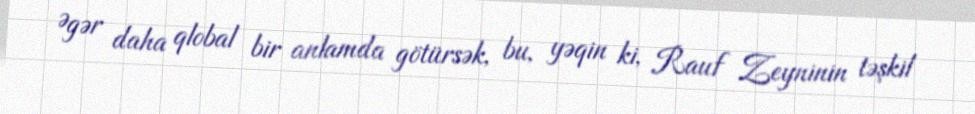
Əgər daha qlobal bir anlamda götürsək, bu, yəqin ki, Rauf Zeyninin təşkil